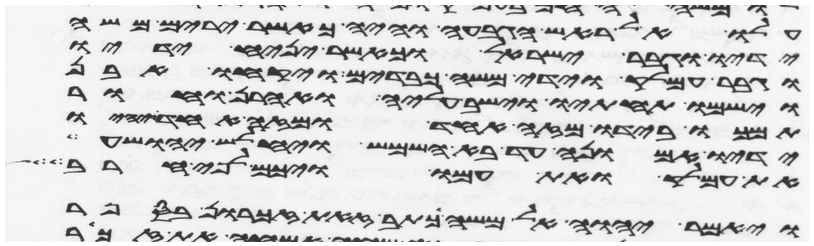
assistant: עלו אל ראש הגבעה והיה כאשר ירים משה
ידיו וגבר ישראל וכאשר יניח ידיו
וגבר עמלק וידי משה כבדים ויקחו אבן
וישמו תחתיו וישב עליה ואהרן וחור
תמכו בידיו מזה אחד ומזה אחד ויהיו
ידיו אמונה עד בא השמש ויחלש יהושע
את עמלק ואת עמו ויכם לפי חרב
ויאמר יהוה אל משה כתב זאת זכרון בספר